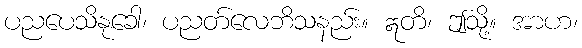
ပညပေသိနုခေါ၊ ပညတ်လေဘိသနည်း။ ဣတိ၊ ဤသို့။ အာဟ၊